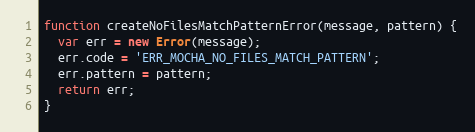
Language: JavaScript
function createNoFilesMatchPatternError(message, pattern) {
  var err = new Error(message);
  err.code = 'ERR_MOCHA_NO_FILES_MATCH_PATTERN';
  err.pattern = pattern;
  return err;
}